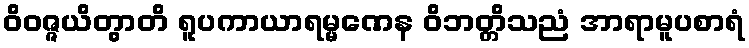
ဝိဝဇ္ဇယိတွာတိ ရူပကာယာရမ္မဏေန ဝိဘတ္တိသညံ အာရာမူပစာရံ